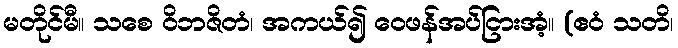
မတိုင်မီ။ သစေ ဝိဘဇိတံ၊ အကယ်၍ ဝေဖန်အပ်ငြားအံ့။ (ဧဝံ သတိ၊